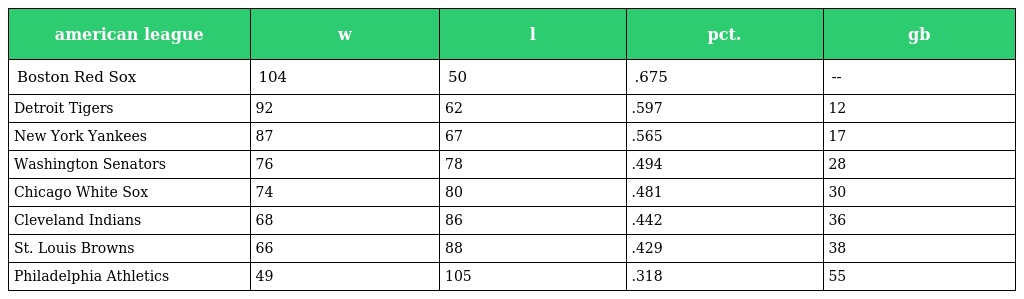
| american league | w | l | pct. | gb |
 | --- | --- | --- | --- | --- |
 | Boston Red Sox | 104 | 50 | .675 | -- |
 | Detroit Tigers | 92 | 62 | .597 | 12 |
 | New York Yankees | 87 | 67 | .565 | 17 |
 | Washington Senators | 76 | 78 | .494 | 28 |
 | Chicago White Sox | 74 | 80 | .481 | 30 |
 | Cleveland Indians | 68 | 86 | .442 | 36 |
 | St. Louis Browns | 66 | 88 | .429 | 38 |
 | Philadelphia Athletics | 49 | 105 | .318 | 55 |